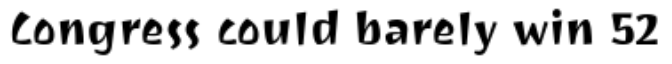
Congress could barely win 52